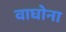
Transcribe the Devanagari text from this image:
वाघोना